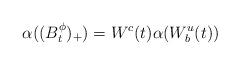
LaTeX: \begin{align*}\alpha((B^\phi_t)_+)=W^c(t)\alpha(W^u_b(t))\end{align*}